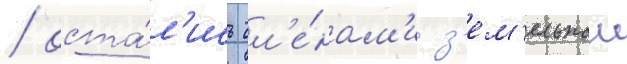
/ оста́л'ись чл'е́нам'и з'ем'ельнои